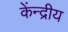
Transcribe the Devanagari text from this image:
केंन्‍द्रीय